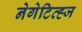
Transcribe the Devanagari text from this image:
नेगेटिव्ह्ज